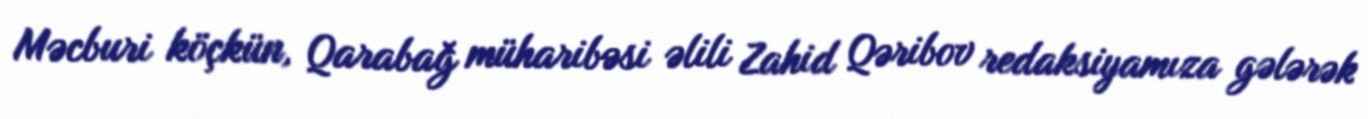
Məcburi köçkün, Qarabağ müharibəsi əlili Zahid Qəribov redaksiyamıza gələrək